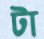
টা